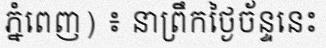
ភ្នំពេញ) ៖ នាព្រឹកថ្ងៃច័ន្ទនេះ